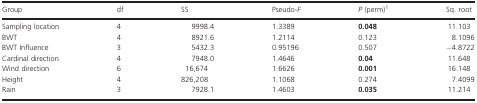
<table><thead><tr><td><b>Group</b></td><td><b>df</b></td><td><b>SS</b></td><td><b>Pseudo-<i>F</i></b></td><td><b><i>P</i> (perm)1</b></td><td><b>Sq. root</b></td></tr></thead><tbody><tr><td>Sampling location</td><td>4</td><td>9998.4</td><td>1.3389</td><td><b>0.048</b></td><td>11.103</td></tr><tr><td>BWT</td><td>4</td><td>8921.6</td><td>1.2114</td><td>0.123</td><td>8.1096</td></tr><tr><td>BWT Influence</td><td>3</td><td>5432.3</td><td>0.95196</td><td>0.507</td><td>−4.8722</td></tr><tr><td>Cardinal direction</td><td>4</td><td>7948.0</td><td>1.4646</td><td><b>0.04</b></td><td>11.648</td></tr><tr><td>Wind direction</td><td>6</td><td>16,674</td><td>1.6626</td><td><b>0.001</b></td><td>16.148</td></tr><tr><td>Height</td><td>4</td><td>826,208</td><td>1.1068</td><td>0.274</td><td>7.4099</td></tr><tr><td>Rain</td><td>3</td><td>7928.1</td><td>1.4603</td><td><b>0.035</b></td><td>11.214</td></tr></tbody></table>